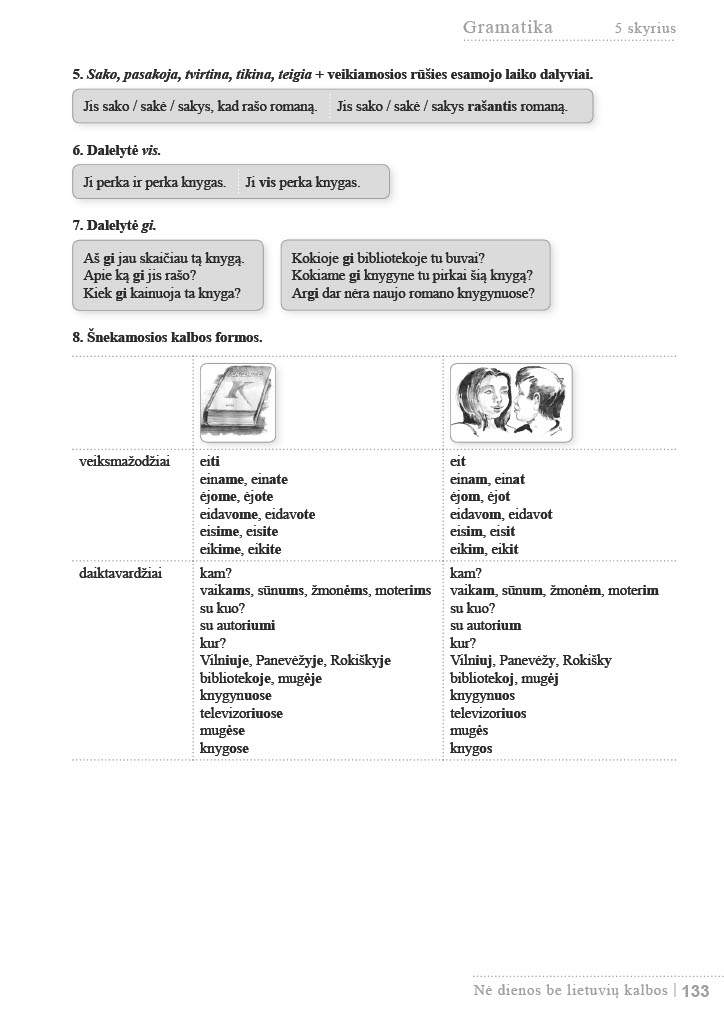
Language: lt